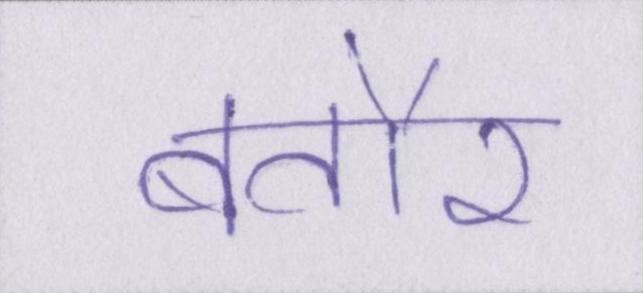
बतौर